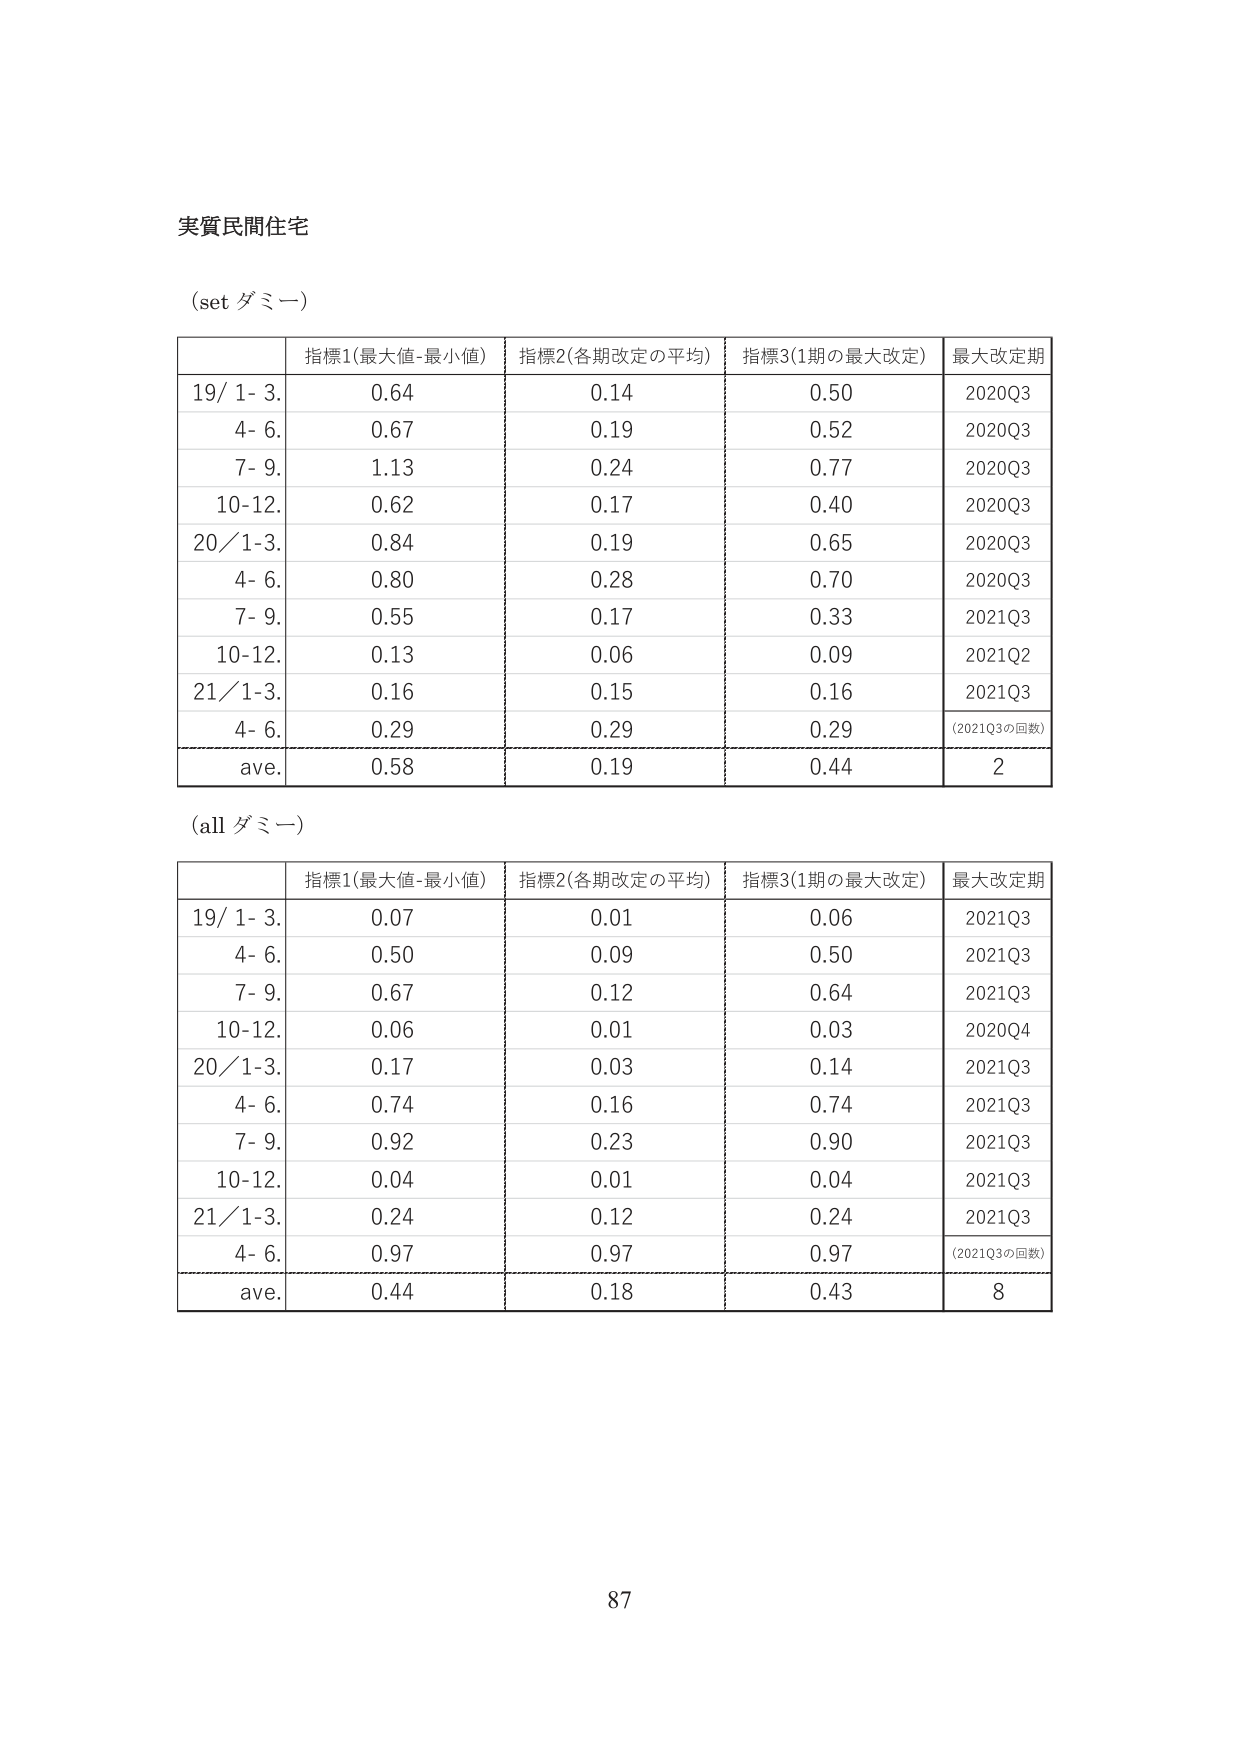
実質民間住宅

(set ダミー)

| | 指標1(最大値-最小値) | 指標2(各期改定の平均) | 指標3(1期の最大改定) | 最大改定期 |
|---|---|---|---|---|
| 19/ 1- 3. | 0.64 | 0.14 | 0.50 | 2020Q3 |
| 4- 6. | 0.67 | 0.19 | 0.52 | 2020Q3 |
| 7- 9. | 1.13 | 0.24 | 0.77 | 2020Q3 |
| 10-12. | 0.62 | 0.17 | 0.40 | 2020Q3 |
| 20/ 1-3. | 0.84 | 0.19 | 0.65 | 2020Q3 |
| 4- 6. | 0.80 | 0.28 | 0.70 | 2020Q3 |
| 7- 9. | 0.55 | 0.17 | 0.33 | 2021Q3 |
| 10-12. | 0.13 | 0.06 | 0.09 | 2021Q2 |
| 21/ 1-3. | 0.16 | 0.15 | 0.16 | 2021Q3 |
| 4- 6. | 0.29 | 0.29 | 0.29 | (2021Q3の回数) |
| ave. | 0.58 | 0.19 | 0.44 | 2 |

(all ダミー)

| | 指標1(最大値-最小値) | 指標2(各期改定の平均) | 指標3(1期の最大改定) | 最大改定期 |
|---|---|---|---|---|
| 19/ 1- 3. | 0.07 | 0.01 | 0.06 | 2021Q3 |
| 4- 6. | 0.50 | 0.09 | 0.50 | 2021Q3 |
| 7- 9. | 0.67 | 0.12 | 0.64 | 2021Q3 |
| 10-12. | 0.06 | 0.01 | 0.03 | 2020Q4 |
| 20/ 1-3. | 0.17 | 0.03 | 0.14 | 2021Q3 |
| 4- 6. | 0.74 | 0.16 | 0.74 | 2021Q3 |
| 7- 9. | 0.92 | 0.23 | 0.90 | 2021Q3 |
| 10-12. | 0.04 | 0.01 | 0.04 | 2021Q3 |
| 21/ 1-3. | 0.24 | 0.12 | 0.24 | 2021Q3 |
| 4- 6. | 0.97 | 0.97 | 0.97 | (2021Q3の回数) |
| ave. | 0.44 | 0.18 | 0.43 | 8 |

87